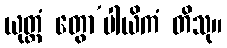
ယုတ္တံ တွော’ပါယိကံ တိသု။